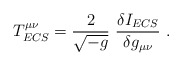
\begin{align*}T^{\mu \nu}_{ECS}=\frac{2}{\sqrt{-g}}\ \frac{\delta I_{ECS}}{\delta g_{\mu \nu}}\ .\end{align*}